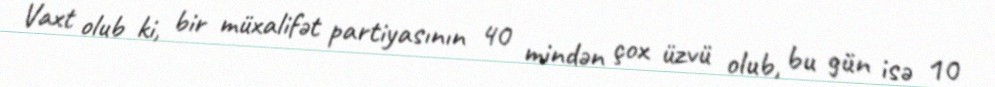
Vaxt olub ki, bir müxalifət partiyasının 40 mindən çox üzvü olub, bu gün isə 10